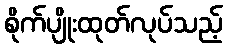
စိုက်ပျိုးထုတ်လုပ်သည့်